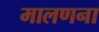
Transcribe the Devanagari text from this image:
मालणना